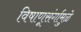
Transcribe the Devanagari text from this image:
विषाणूसंर्गामुळे